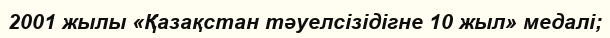
2001 жылы «Қазақстан тәуелсізідігне 10 жыл» медалі;